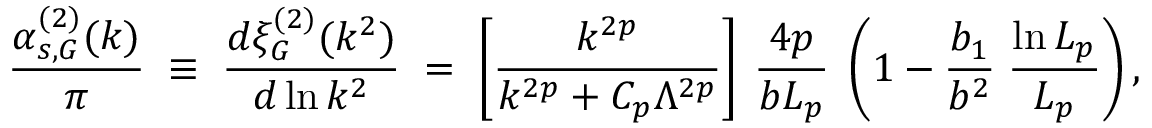
\frac { \alpha _ { s , G } ^ { ( 2 ) } ( k ) } { \pi } \; \equiv \; \frac { d \xi _ { G } ^ { ( 2 ) } ( k ^ { 2 } ) } { d \ln k ^ { 2 } } \; = \; \left[ \frac { k ^ { 2 p } } { k ^ { 2 p } + C _ { p } \Lambda ^ { 2 p } } \right] \: \frac { 4 p } { b L _ { p } } \; \left( 1 - \frac { b _ { 1 } } { b ^ { 2 } } \; \frac { \ln L _ { p } } { L _ { p } } \right) ,